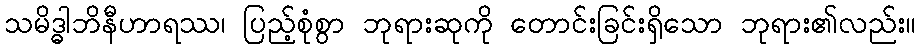
သမိဒ္ဓါဘိနီဟာရဿ၊ ပြည့်စုံစွာ ဘုရားဆုကို တောင်းခြင်းရှိသော ဘုရား၏လည်း။